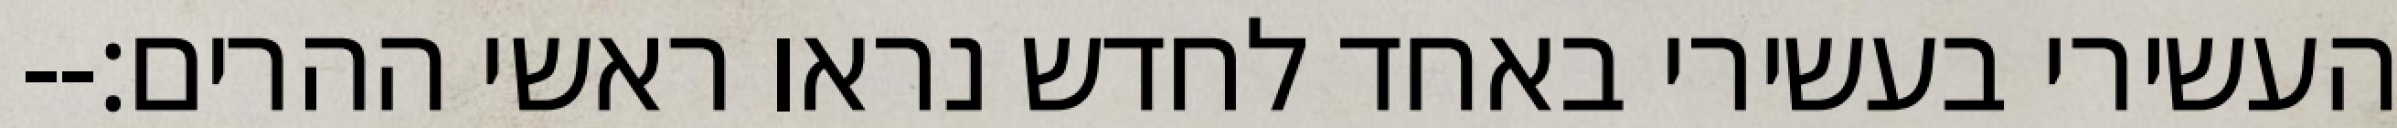
העשירי בעשירי באחד לחדש נראו ראשי ההרים׃--